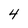
Character: 4